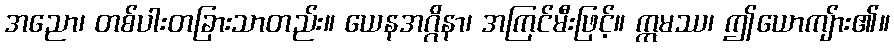
အညော၊ တစ်ပါးတခြားသာတည်း။ ယေနအဂ္ဂိနာ၊ အကြင်မီးဖြင့်။ ဣမဿ၊ ဤယောကျ်ား၏။